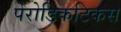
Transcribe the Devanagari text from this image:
पेरोडिकटिकस